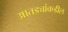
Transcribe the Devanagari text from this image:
आतड्यांकडील